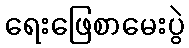
ရေးဖြေစာမေးပွဲ